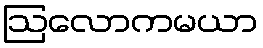
ဩလောကမယာ